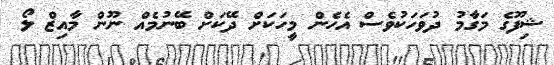
ޝިފޫގެ މަގާމު ދުވަހަކުވެސް އެހެން މީހަކަށް ދޭކަށް ބޭނުމެއް ނޫން މާއިޒް ލޯ